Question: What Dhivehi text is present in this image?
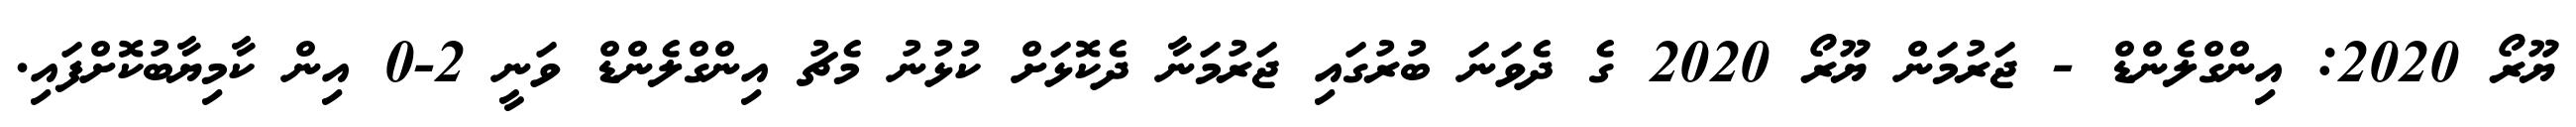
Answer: ޔޫރޯ 2020: އިންގްލެންޑް - ޖަރުމަން ޔޫރޯ 2020 ގެ ދެވަނަ ބުރުގައި ޖަރުމަނާ ދެކޮޅަށް ކުޅުނު މެޗު އިންގްލެންޑް ވަނީ 2-0 އިން ކާމިޔާބުކޮށްފައި.